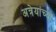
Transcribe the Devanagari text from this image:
अत्रेयांच्या